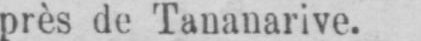
près de Tananarive.